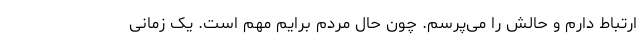
ارتباط دارم و حالش را می‌پرسم. چون حال مردم برایم مهم است. یک زمانی